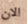
الان